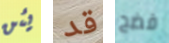
يئن قد فضح